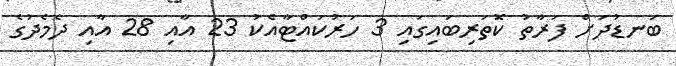
ބަނޑުދަށް ފަރާތު ކޮަތަރިބައިގައި 3 ހަރުކައްޓާއެކު 23 އާއި 28 އާއި ދެމެދުގެ